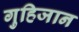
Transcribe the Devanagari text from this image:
गुहिजान